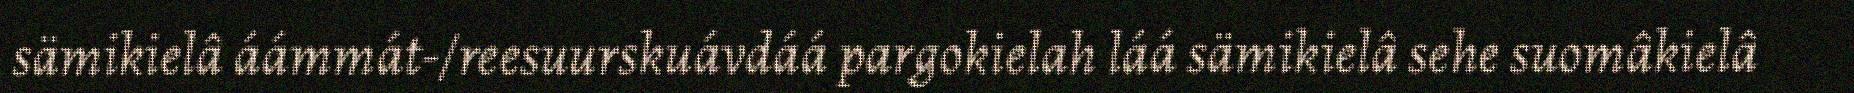
sämikielâ áámmát-/reesuurskuávdáá pargokielah láá sämikielâ sehe suomâkielâ